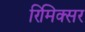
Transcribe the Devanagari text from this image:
रिमिक्सर